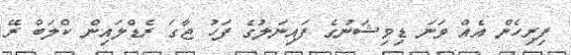
ފިރިހެން އެއް ވަނަ ޑިވިޝަނުގެ ފައިނަލުގެ ފަހު ޖާގަ ރެޑްލައިން ކްލަބް ރޭ